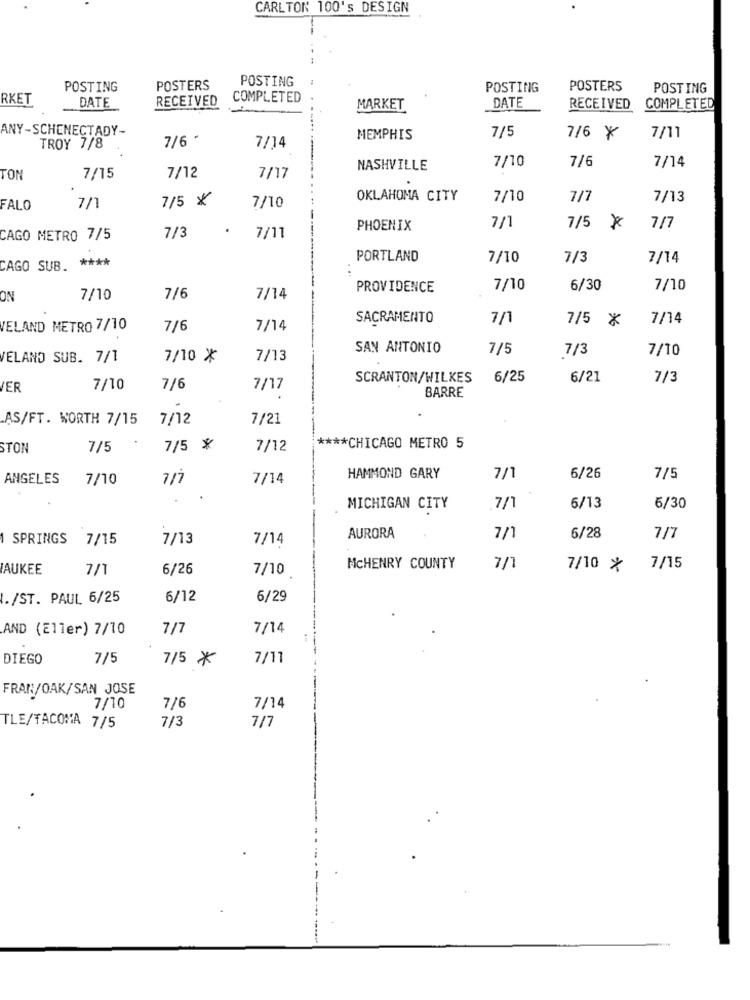
CARLTON 100's DESIGN
POSTING
POSTING
POSTERS
POSTING
POSTERS
POSTING
RKET
DATE
RECEIVED
COMPLETED
DATE
MARKET
RECEIVED
COMPLETED
ANY -SCHENECTADY-
7/5
7/6 -
MEMPHIS
7/6 ¥
7/11
TROY 7/8
7/14
7/10
7/6
7/14
NASHVILLE
TON
7/15
7/12
7/17
7/5 X
OKLAHOMA CITY
7/10
7/7
7/13
FALO
7/1
7/10
7/3
.
PHOENIX
7/1
7/5
7/7
CAGO METRO 7/5
7/11
PORTLAND
7/10
7/3
7/14
CAGO SUB. ****
...
PROVIDENCE
7/10
6/30
7/10
ON
7/10
7/6
7/14
SACRAMENTO
7/1
7/5 X
7/14
VELAND METRO 7/10
7/6
7/14
SAN ANTONIO
7/5
7/3
7/10
ELAND SUB. 7/1
7/10 *
7/13
SCRANTON/WILKES
6/25
6/21
7/3
IER
7/10
7/6
7/17
BARRE
.AS/FT. WORTH 7/15
7/12
7/21
STON
7/5
7/5 *
7/12
**** CHICAGO METRO 5
ANGELES
7/10
7/7
7/14
HAMMOND GARY
7/1
6/26
7/5
.
MICHIGAN CITY
7/1
6/13
6/30
SPRINGS 7/15
7/13
7/14
AURORA
7/1
6/28
7/7
IAUKEE
7/1
6/26
7/10
McHENRY COUNTY
7/1
7/10 *
7/15
I./ST. PAUL 6/25
6/12
6/29
AND (Eller) 7/10
7/14
DIEGO
7/5
7/5 *
7/11
FRAN/OAK/SAN JOSE
7/10
7/6
7/14
7/3
TLE/TACOMA 7/5
7/7